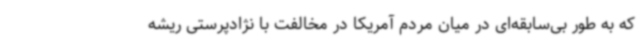
که به طور بی‌سابقه‌ای در میان مردم آمریکا در مخالفت با نژادپرستی ریشه